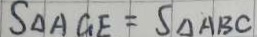
S _ { \Delta A G E } = S _ { \Delta A B C }